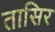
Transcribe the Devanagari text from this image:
तासिर